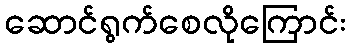
ဆောင်ရွက်စေလိုကြောင်း